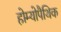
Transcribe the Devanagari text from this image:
होम्‍योपैथिक